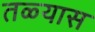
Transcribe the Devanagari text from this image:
तळ्यास